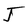
Character: J